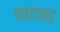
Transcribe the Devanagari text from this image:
कांटवाद